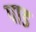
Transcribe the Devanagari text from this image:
पाड